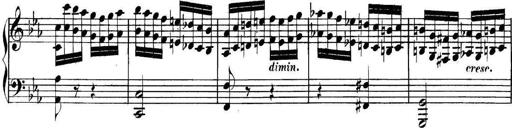
Title: Collected Piano Sonatas
Composer: Muzio Clementi